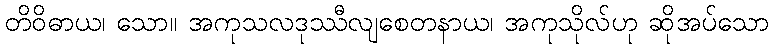
တိဝိဓာယ၊ သော။ အကုသလဒုဿီလျစေတနာယ၊ အကုသိုလ်ဟု ဆိုအပ်သော